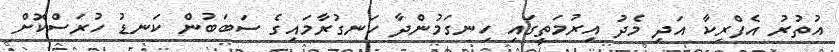
އުތުރު އެފްރިކާ އަދި މެދު އިރުމަތީގައި ހިނގަމުންދާ ހަނގުރާމައިގެ ސަބަބުން ކަނޑު ހުރަސްކޮށް